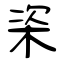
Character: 栥